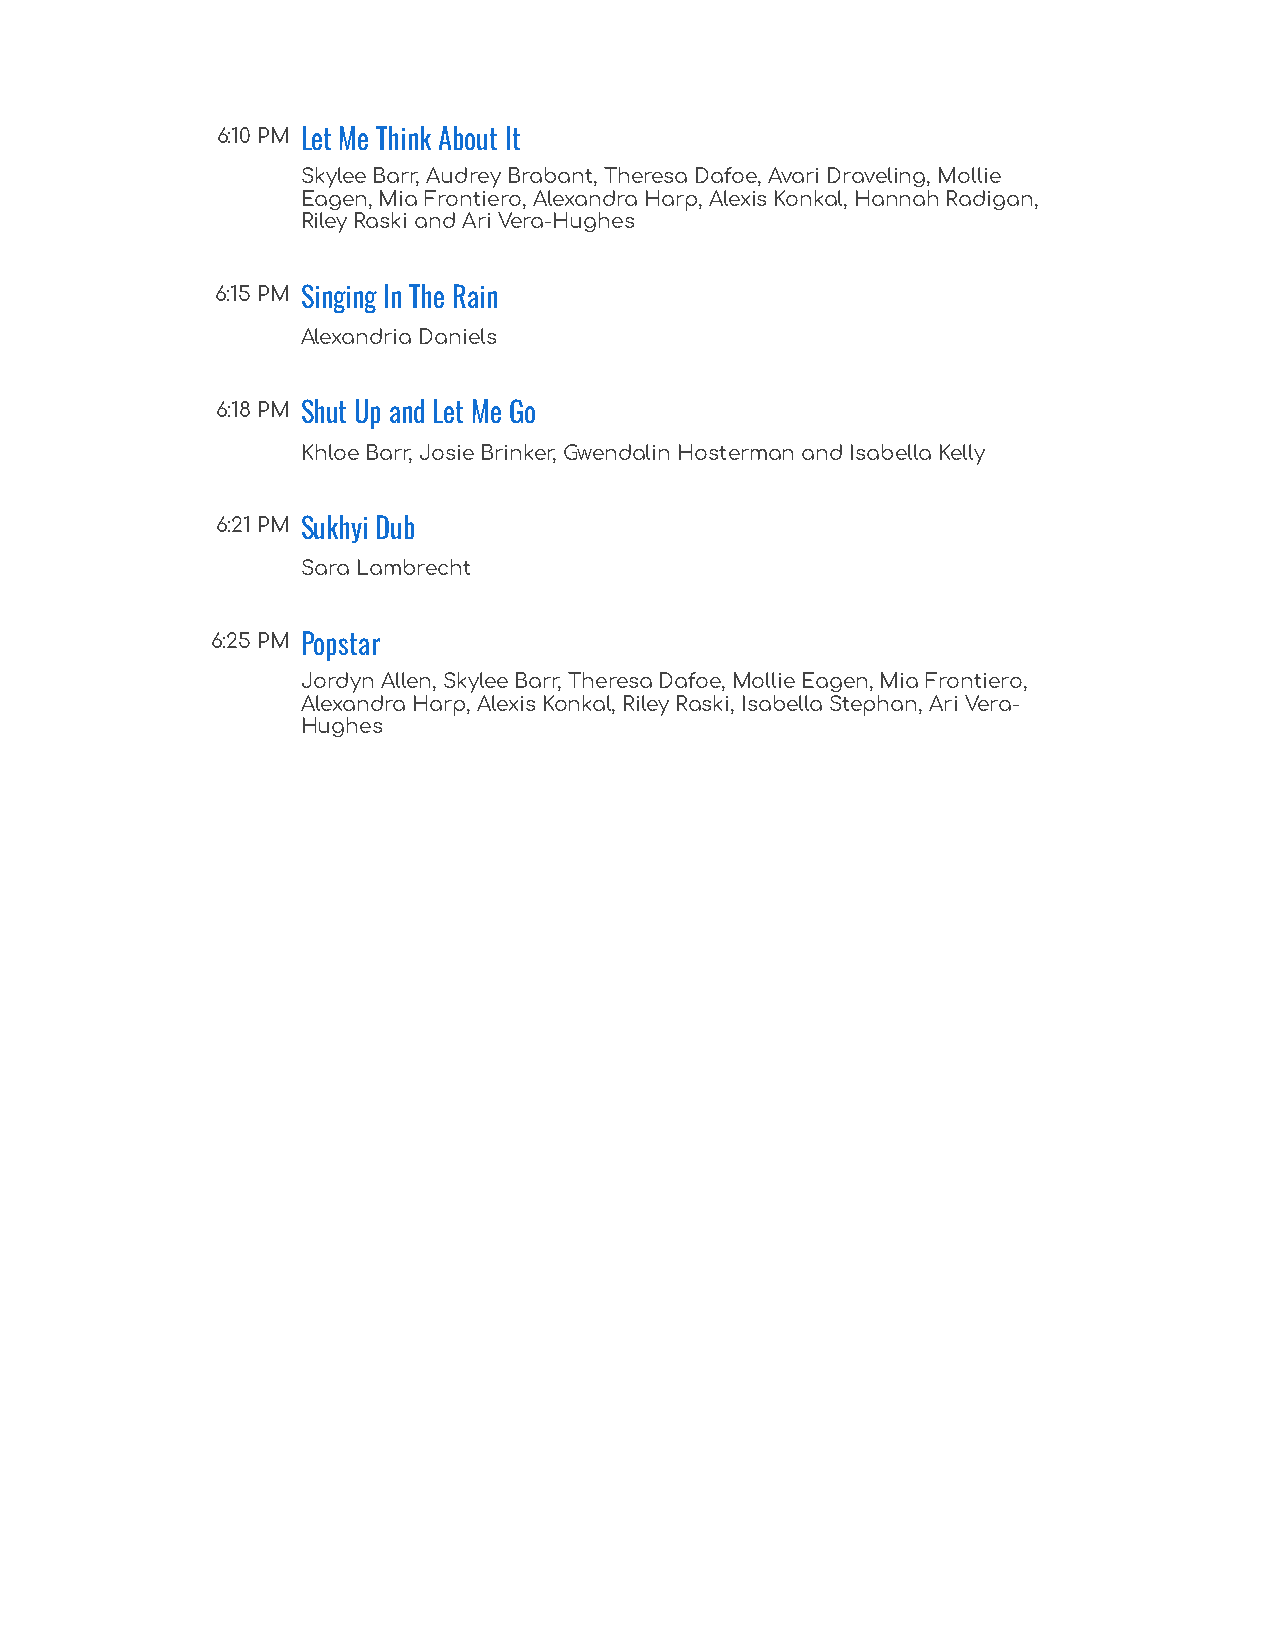
6:10 PM Let Me Think About It
 Skylee Barr, Audrey Brabant, Theresa Dafoe, Avari Draveling, Mollie
 Eagen, Mia Frontiero, Alexandra Harp, Alexis Konkal, Hannah Radigan,
 Riley Raski and Ari Vera-Hughes
 6:15 PM Singing In The Rain
 Alexandria Daniels
 6:18 PM Shut Up and Let Me Go
 Khloe Barr, Josie Brinker, Gwendalin Hosterman and Isabella Kelly
 6:21 PM Sukhyi Dub
 Sara Lambrecht
 6:25 PM Popstar
 Jordyn Allen, Skylee Barr, Theresa Dafoe, Mollie Eagen, Mia Frontiero,
 Alexandra Harp, Alexis Konkal, Riley Raski, Isabella Stephan, Ari Vera-
 Hughes